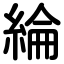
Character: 綸